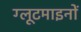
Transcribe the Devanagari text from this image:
ग्लूटमाइनों